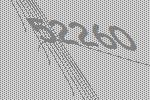
52260